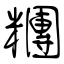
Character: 糰